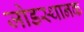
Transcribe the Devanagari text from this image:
जोडस्थानक